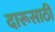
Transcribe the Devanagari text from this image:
दारूसाठी